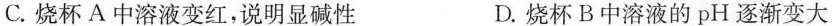
C.烧杯A中溶液变红，说明显碱性 D.烧杯B中溶液的pH逐渐变大